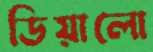
ডিয়ালো